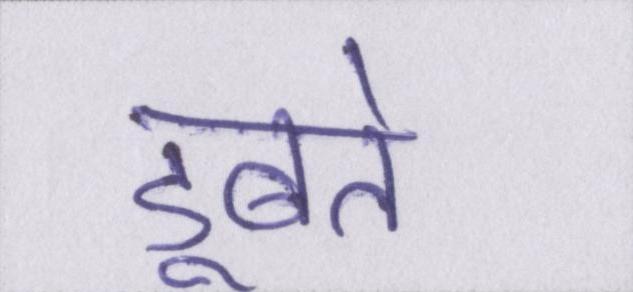
डूबते